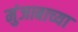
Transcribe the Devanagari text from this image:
मुंजाबाच्या